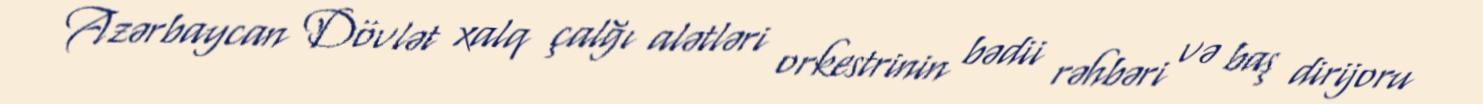
Azərbaycan Dövlət xalq çalğı alətləri orkestrinin bədii rəhbəri və baş dirijoru